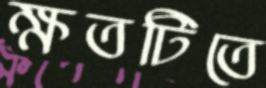
ক্ষতটিতে